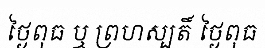
ថ្ងៃពុធ ឬ ព្រហស្បតិ៍ ថ្ងៃពុធ